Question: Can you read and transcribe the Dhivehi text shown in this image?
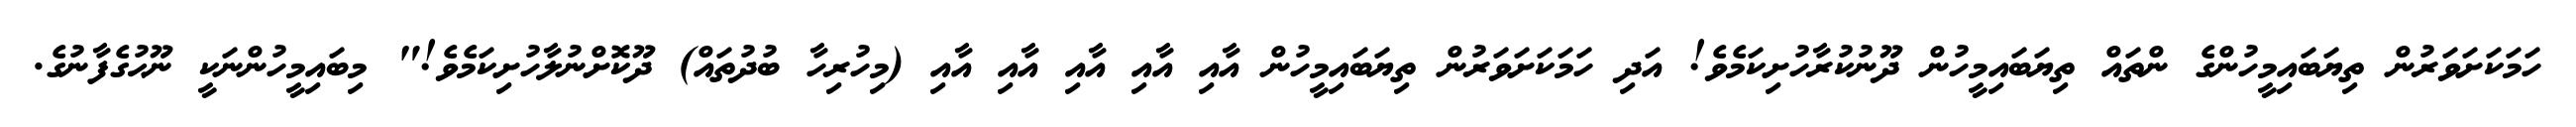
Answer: ހަމަކަށަވަރުން ތިޔަބައިމީހުންގެ ންތައް ތިޔަބައިމީހުން ދޫނުކުރާހުށިކަމެވެ! އަދި ހަމަކަށަވަރުން ތިޔަބައިމީހުން އާއި އާއި އާއި އާއި އާއި (މިހުރިހާ ބުދުތައް) ދޫކޮށްނުލާހުށިކަމެވެ!" މިބައިމީހުންނަކީ ނޫޙުގެފާނުގެ.